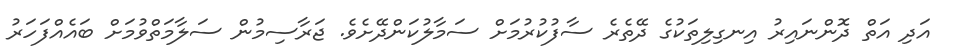
އަދި އަތް ދޮންނައިރު އިނގިލިތަކުގެ ދޭތެރެ ސާފުކުރުމަށް ސަމާލުކަންދޭށެވެ. ޖަރާސިމުން ސަލާމަތްވުމަށް ބައެއްފަހަރު